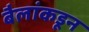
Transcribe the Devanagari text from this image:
बैलांकडून